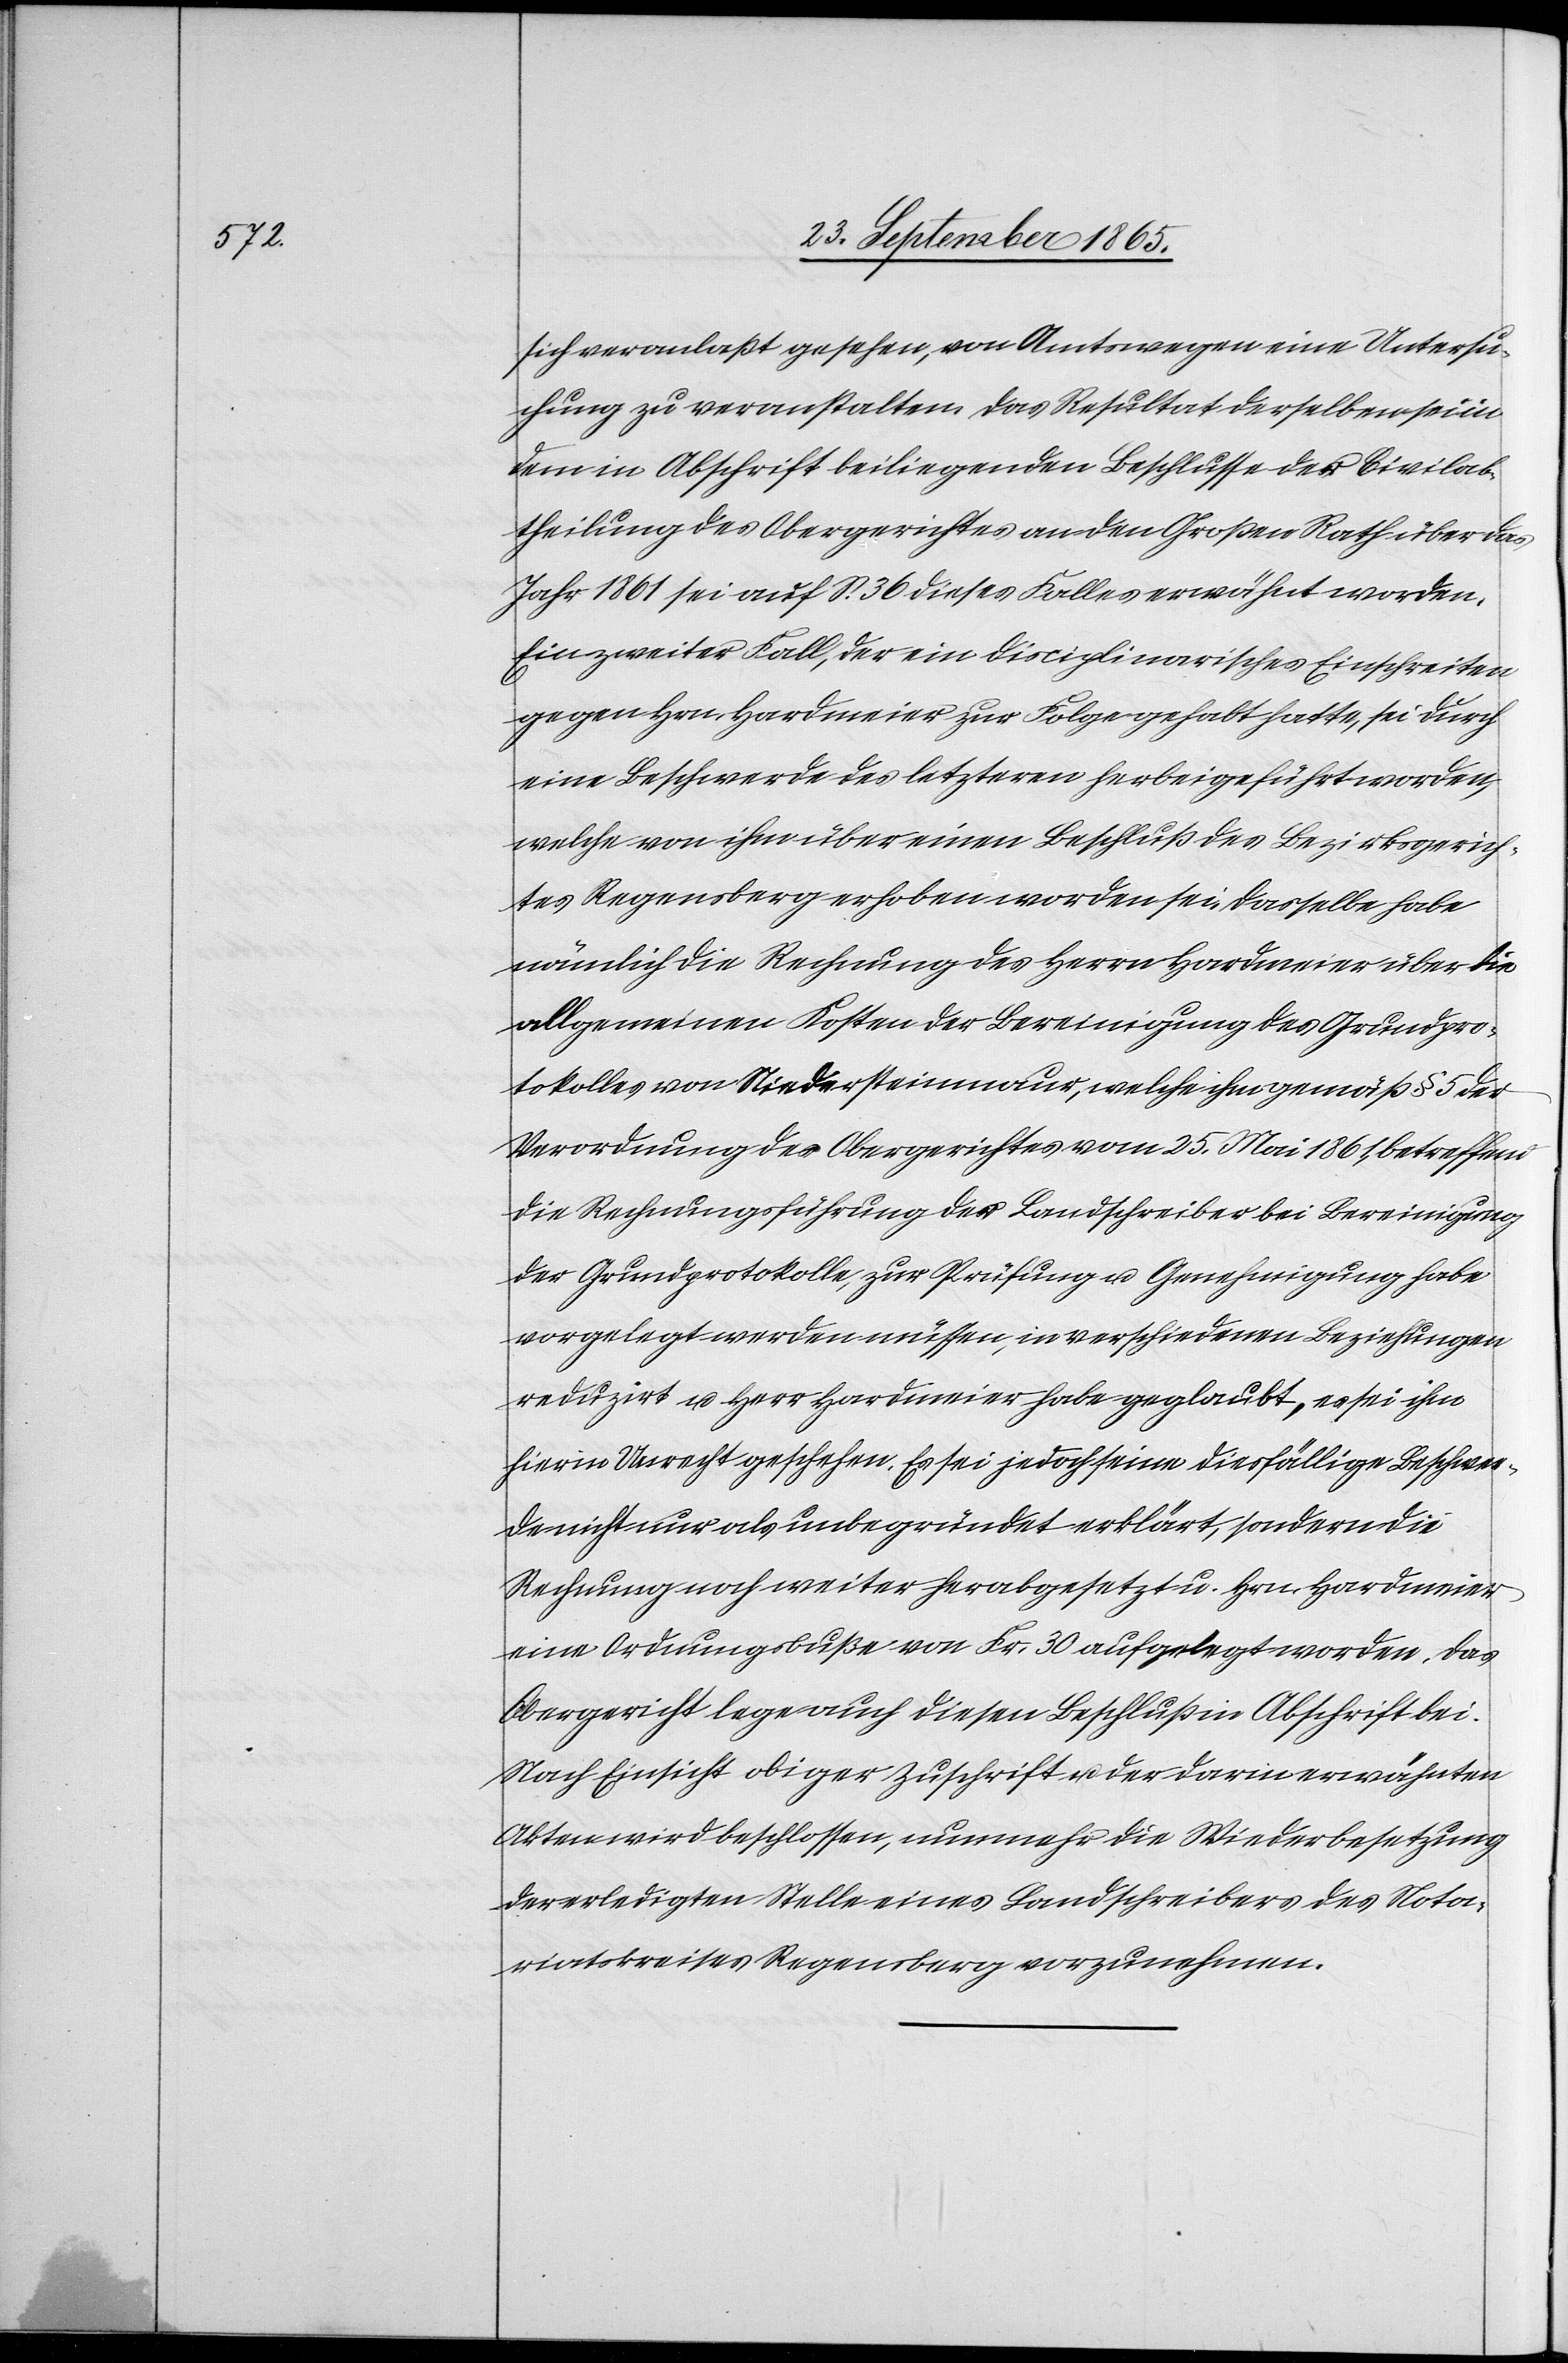
sich veranlaßt gesehen, von Amtswegen eine Untersu¬
chung zu veranstalten. Das Resultat derselben sei in
dem in Abschrift beiliegenden Beschlusse der Civilab¬
theilung des Obergerichtes an den Großen Rath über das
Jahr 1861 sei auf S. 36 dieses Falles erwähnt worden
Ein zweiter Fall, der ein disciplinarisches Einschreiten
gegen Hrn. Hardmeier zur Folge gehabt hatte, sei durch
eine Beschwerde des letzteren herbeigeführt worden,
welche von ihm über einen Beschluß des Bezirksgerich¬
tes Regensberg erhoben worden sei. Dasselbe habe
nämlich die Rechnung des Herrn Hardmeier über die
allgemeinen Kosten der Bereinigung des Grundpro¬
tokolles von Niedersteinmaur, welche ihm gemäß § 5 der
Verordnung des Obergerichtes vom 25. Mai 1861, betreffend
die Rechnungsführung der Landschreiber bei Bereinigung
der Grundprotokolle, zur Prüfung u. Genehmigung habe
vorgelegt werden müssen, in verschiedenen Beziehungen
reduzirt u. Herr Hardmeier habe geglaubt, es sei ihm
hierin Unrecht geschehen. Es sei jedoch seine diesfällige Beschwer¬
de nicht nur als unbegründet erklärt, sondern die
Rechnung noch weiter herabgesetzt u. Hrn. Hardmeier
eine Ordnungsbuße von Fr. 30 aufgelegt worden. Das
Obergericht lege auch diesen Beschluß in Abschrift bei.
Nach Einsicht obiger Zuschrift u. der darin erwähnten
Akten wird beschlossen, nunmehr die Wiederbesetzung
der erledigten Stelle eines Landschreibers des Nota¬
riatskreises Regensberg vorzunehmen.